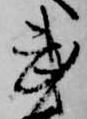
武